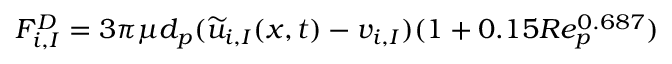
F _ { i , I } ^ { D } = 3 \pi \mu d _ { p } ( \widetilde { u } _ { i , I } ( x , t ) - v _ { i , I } ) ( 1 + 0 . 1 5 R e _ { p } ^ { 0 . 6 8 7 } )